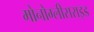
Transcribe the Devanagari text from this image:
मोनोग्लीसराइड